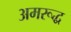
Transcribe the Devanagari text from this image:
अमरूद्ध